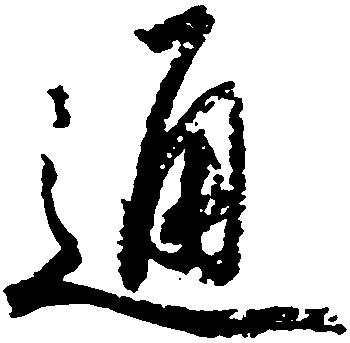
通